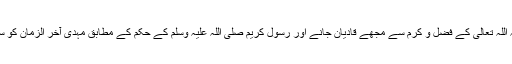
پھر ایک دوست نے لکھا کہ اللہ تعالیٰ کے فضل و کرم سے مجھے قادیان جانے اور رسولِ کریم صلی اللہ علیہ وسلم کے حکم کے مطابق مہدی آخر الزمان کو سلام پہنچانے کی توفیق ملی۔